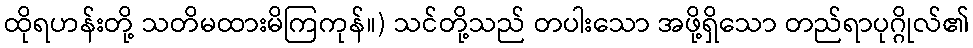
ထိုရဟန်းတို့ သတိမထားမိကြကုန်။) သင်တို့သည် တပါးသော အဖို့ရှိသော တည်ရာပုဂ္ဂိုလ်၏